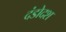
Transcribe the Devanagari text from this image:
दंडोदश